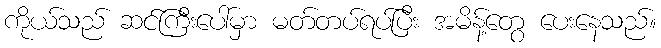
ကိုယ်သည် ဆင်ကြီးပေါ်မှာ မတ်တပ်ရပ်ပြီး အမိန့်တွေ ပေးနေသည်။